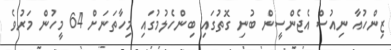
ޒިންހުއާ ނިއުސް އެޖެންސީން ބުނި ގޮތުގައި ބިންހެލުމުގައި މިހާތަނަށް 64 މީހުން މަރުވެ